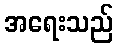
အရေးသည်